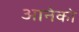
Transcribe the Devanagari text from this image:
आनेको